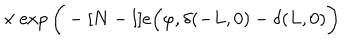
LaTeX: \times \exp \bigg ( - [ N - l ] e \Big ( \varphi , \delta ( - L , 0 ) - \delta ( L , 0 ) \bigg )